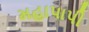
મહાપાપી